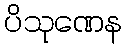
ပိသုဏေန